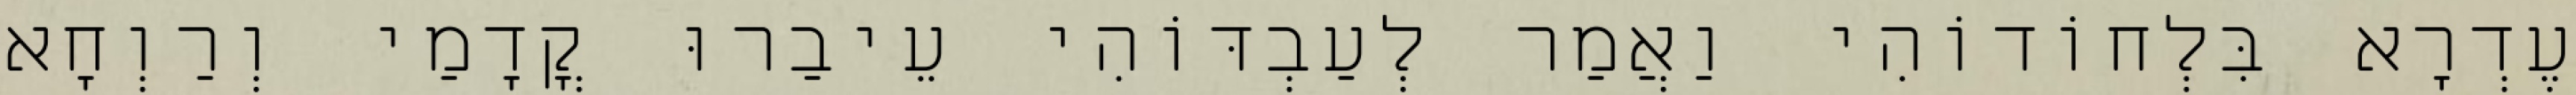
עֶדְרָא בִּלְחוֹדוֹהִי וַאֲמַר לְעַבְדּוֹהִי עֵיבַרוּ קֳדָמַי וְרַוְחָא